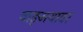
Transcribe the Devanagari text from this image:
वाङ्‍मयावर